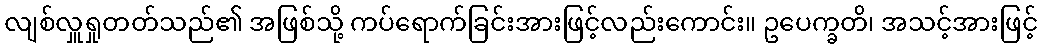
လျစ်လှူရှုတတ်သည်၏ အဖြစ်သို့ ကပ်ရောက်ခြင်းအားဖြင့်လည်းကောင်း။ ဥပေက္ခတိ၊ အသင့်အားဖြင့်